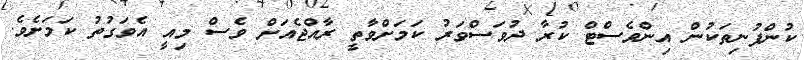
ކުންފުނިތަކުން އިންވެސްޓް ކުރާ ދުވަސްވަރު ކަމަށްވާތީ ރާއްޖެއަށް ވެސް މިއީ އެވަގުތު ކަމަށެވެ.